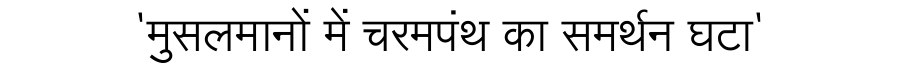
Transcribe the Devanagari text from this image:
'मुसलमानों में चरमपंथ का समर्थन घटा'